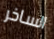
الساخر